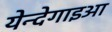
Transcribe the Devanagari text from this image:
येन्देगाइआ